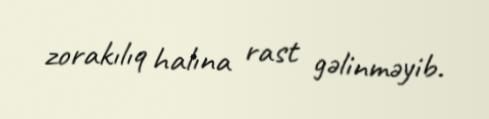
zorakılıq halına rast gəlinməyib.